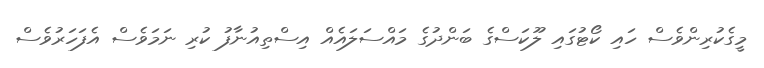
މީގެކުރިންވެސް ހައި ކޯޓުގައި ލޫކަސްގެ ބަންދުގެ މައްސަލައެއް އިސްތިއުނާފު ކުރި ނަމަވެސް އެފަހަރުވެސް